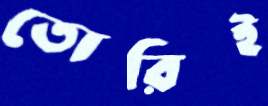
তোরিই